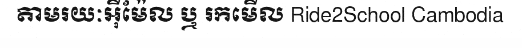
តាមរយៈអ៊ីម៉ែល ឬ រកមើល Ride2School Cambodia